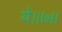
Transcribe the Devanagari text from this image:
ये॥७॥